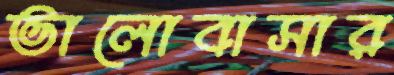
ভালোবাসার